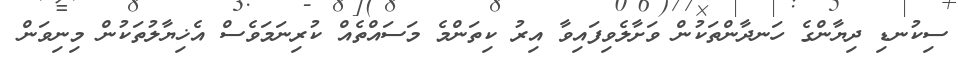
ސިކުނޑި ދިޔާންގެ ހަނދާންތަކުން ވަށާލެވިފައިވާ އިރު ކިތަންމެ މަސައްތެއް ކުރިނަމަވެސް އެޚިޔާލުތަކުން މިނިވަން